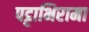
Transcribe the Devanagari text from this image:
पट्टाभिरामा